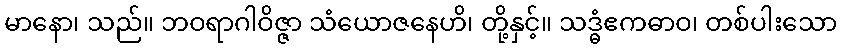
မာနော၊ သည်။ ဘဝရာဂါဝိဇ္ဇာ သံယောဇနေဟိ၊ တို့နှင့်။ သဒ္ဓံဧကဓာဝ၊ တစ်ပါးသော